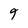
Character: 9